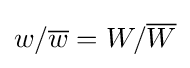
w/{\overline {w}}=W/{\overline {W}}